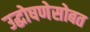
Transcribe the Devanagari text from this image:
उद्घोषणेसोबत